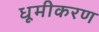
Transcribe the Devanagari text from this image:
धूमीकरण